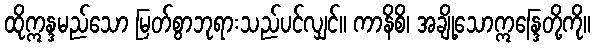
ထိုဣန္ဒမည်သော မြတ်စွာဘုရားသည်ပင်လျှင်။ ကာနိစိ၊ အချို့သောဣန္ဒြေတို့ကို။